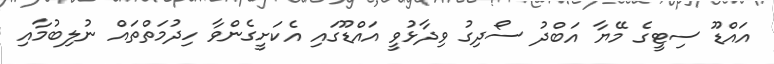
އައްޑޫ ސިޓީގެ މޭޔާ އަބްދު ސޯދިގު ވިދާޅުވީ އައްޑޫގައި އެކަށީގެންވާ ހިދުމަތްތައް ނުލިބުމާއި